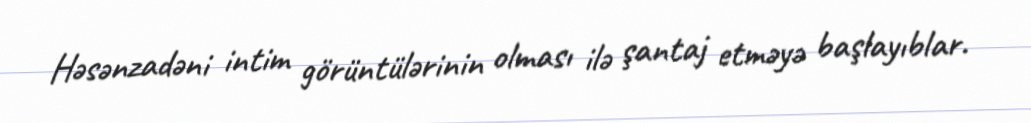
Həsənzadəni intim görüntülərinin olması ilə şantaj etməyə başlayıblar.